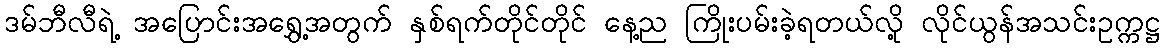
ဒမ်ဘီလီရဲ့ အပြောင်းအရွှေ့အတွက် နှစ်ရက်တိုင်တိုင် နေ့ည ကြိုးပမ်းခဲ့ရတယ်လို့ လိုင်ယွန်အသင်းဥက္ကဋ္ဌ